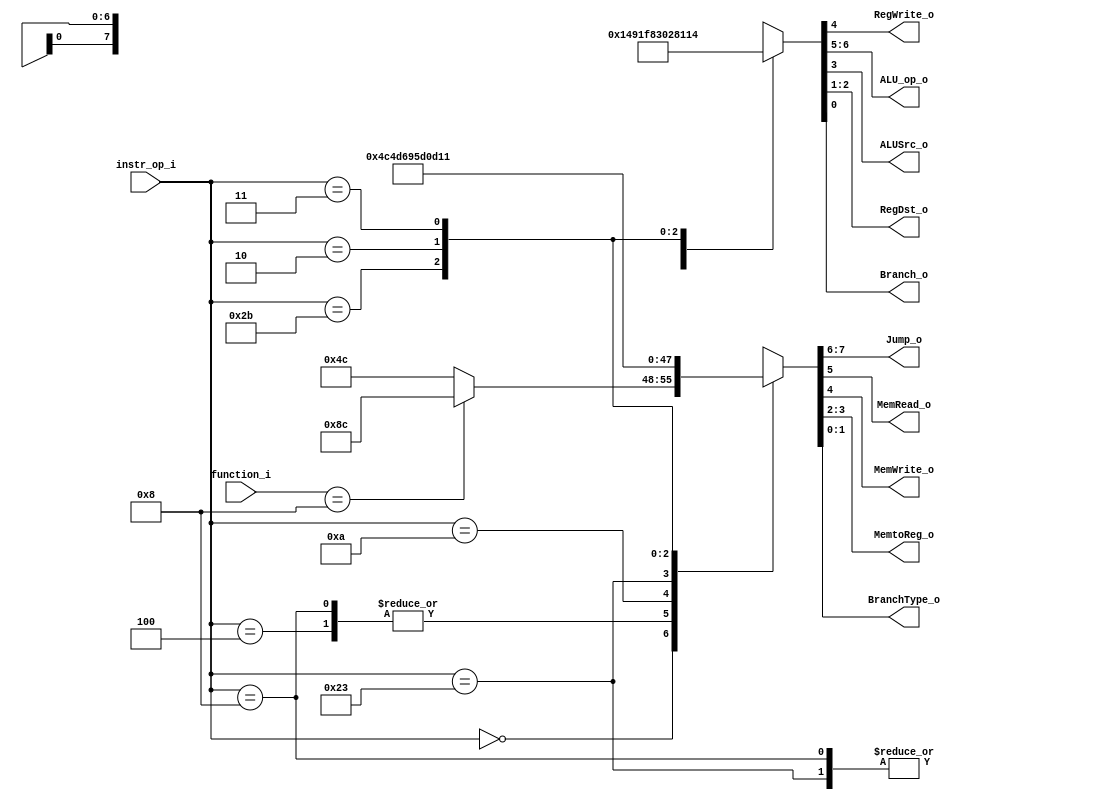
//109550182

module Decoder (instr_op_i, function_i, RegWrite_o, ALU_op_o, ALUSrc_o, RegDst_o, 
	    Branch_o, Jump_o, MemRead_o, MemWrite_o, MemtoReg_o, BranchType_o);
     
//I/O ports
input  [6-1:0] instr_op_i;
input  [6-1:0] function_i; // to determine jr instruction

output reg         RegWrite_o;
output reg [2-1:0] ALU_op_o;
output reg         ALUSrc_o;
output reg [2-1:0] RegDst_o;
output reg         Branch_o;
output reg 		   MemRead_o, MemWrite_o;
output reg [2-1:0] Jump_o, MemtoReg_o, BranchType_o;

//Main function
always @(*) begin
	case(instr_op_i)
		// R-Type Instructions : add, sub, and, or, slt, jr
        6'b000000: begin
			{ ALU_op_o, RegWrite_o, ALUSrc_o, RegDst_o, Branch_o } <= 7'b1010010;
			case(function_i)
				6'b001000: { Jump_o, MemRead_o, MemWrite_o, MemtoReg_o, BranchType_o } <= 8'b10001100; //jr
				default: { Jump_o, MemRead_o, MemWrite_o, MemtoReg_o, BranchType_o } <= 8'b01001100;
			endcase
		end
        // addi
        6'b001000: begin
			{ ALU_op_o, RegWrite_o, ALUSrc_o, RegDst_o, Branch_o } <= 7'b0011000;
			{ Jump_o, MemRead_o, MemWrite_o, MemtoReg_o, BranchType_o } <= 8'b01001100;
		end
        // beq
        6'b000100: begin
			{ ALU_op_o, RegWrite_o, ALUSrc_o, RegDst_o, Branch_o } <= 7'b0100011;
			{ Jump_o, MemRead_o, MemWrite_o, MemtoReg_o, BranchType_o } <= 8'b01001100; //
		end
        // slti
        6'b001010: begin 
			{ ALU_op_o, RegWrite_o, ALUSrc_o, RegDst_o, Branch_o } <= 7'b1111000;
			{ Jump_o, MemRead_o, MemWrite_o, MemtoReg_o, BranchType_o } <= 8'b01001101;
		end
		// lw
		6'b100011: begin
			{ ALU_op_o, RegWrite_o, ALUSrc_o, RegDst_o, Branch_o } <= 7'b0011000;
			{ Jump_o, MemRead_o, MemWrite_o, MemtoReg_o, BranchType_o } <= 8'b01101001;
		end
		// sw
		6'b101011: begin
			{ ALU_op_o, RegWrite_o, ALUSrc_o, RegDst_o, Branch_o } <= 7'b0001010;
			{ Jump_o, MemRead_o, MemWrite_o, MemtoReg_o, BranchType_o } <= 8'b01011101;
		end
		// jump
		6'b000010: begin
			{ ALU_op_o, RegWrite_o, ALUSrc_o, RegDst_o, Branch_o } <= 7'b0000010; 
			{ Jump_o, MemRead_o, MemWrite_o, MemtoReg_o, BranchType_o } <= 8'b00001101; 
		end
		// jal
		6'b000011: begin
			{ ALU_op_o, RegWrite_o, ALUSrc_o, RegDst_o, Branch_o } <= 7'b0010100; // RegDst ?
			{ Jump_o, MemRead_o, MemWrite_o, MemtoReg_o, BranchType_o } <= 8'b00010001; //
		end
        // default
        default: begin
			{ ALU_op_o, RegWrite_o, ALUSrc_o, RegDst_o, Branch_o } <= 7'bxxxxxxx;
			{ Jump_o, MemRead_o, MemWrite_o, MemtoReg_o, BranchType_o } <= 8'bxxxxxxxx;
		end
	endcase
end

endmodule